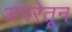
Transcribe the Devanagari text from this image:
अपरेतून